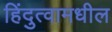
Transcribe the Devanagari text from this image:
हिंदुत्वामधील